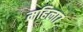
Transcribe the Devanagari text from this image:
महिला७